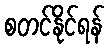
စတင်နိုင်ရန်